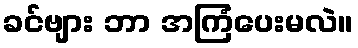
ခင်ဗျား ဘာ အကြံပေးမလဲ။